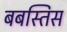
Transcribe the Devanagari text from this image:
बबस्तिस